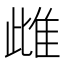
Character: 雌